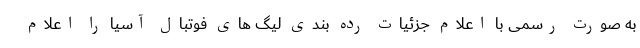
به صورت رسمی با اعلام جزئیات رده بندی لیگ های فوتبال آسیا را اعلام